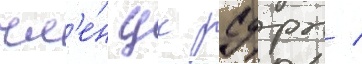
чл'е́н цк рсдрп /